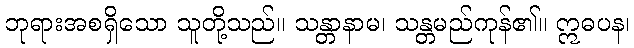
ဘုရားအစရှိသော သူတို့သည်။ သန္တာနာမ၊ သန္တမည်ကုန်၏။ ဣဓပန၊